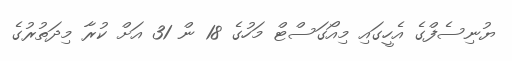
ޔުނިސެފްގެ އެހީގައި މިއޯގަސްޓް މަހުގެ 18 ން 31 އަށް ކުރާ މިދަތުރުގެ